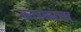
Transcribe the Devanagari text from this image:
कारकांचा